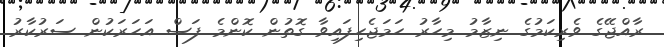
ރާއްޖޭގެ ވެރިކަމުގެ ނިޒާމު މިހާރު ހަމަޖެހިފައިވާ ގޮތުން ކޮންމެ ފަސް އަހަރަކުން ސަރުކާރު